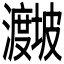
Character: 𪸁